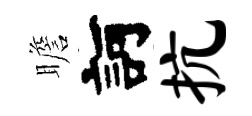
瞻訶抗